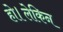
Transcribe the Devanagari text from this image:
हो।लेकिन